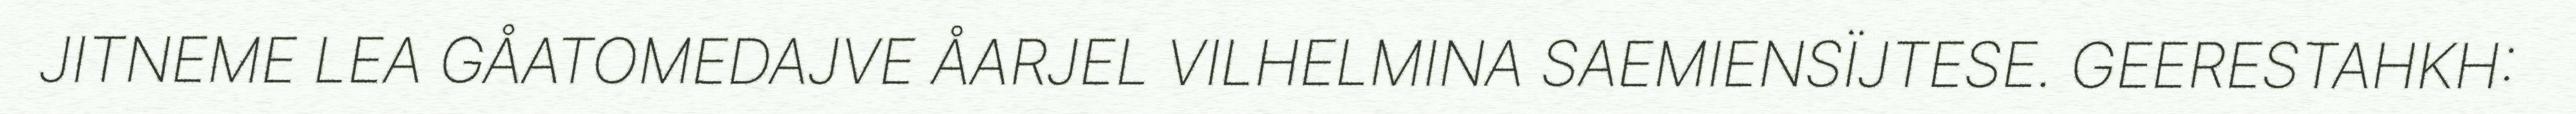
JITNEME LEA GÅATOMEDAJVE ÅARJEL VILHELMINA SAEMIENSÏJTESE. GEERESTAHKH: